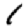
Digit: 1